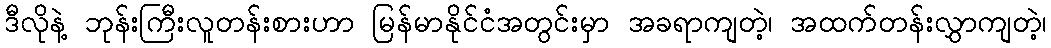
ဒီလိုနဲ့ ဘုန်းကြီးလူတန်းစားဟာ မြန်မာနိုင်ငံအတွင်းမှာ အခရာကျတဲ့၊ အထက်တန်းလွှာကျတဲ့၊